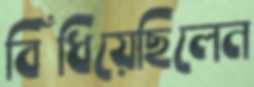
বিঁধিয়েছিলেন